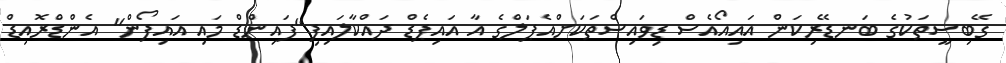
ގޭބިސީތަކުގެ ބަނޑޭރިކަން އައިއޯއެސް ޑިވައިސްތަކަށްއެޕަލްގެ އާ އައިޕެޑް ދައްކާލައިފި"ފައިންޑް މައި އައިފޯން" އެންޑްރޮއިޑް